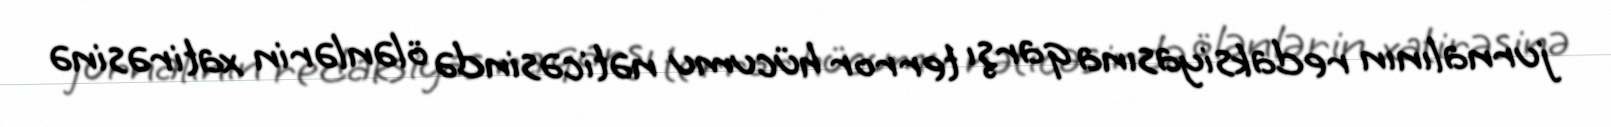
jurnalının redaksiyasına qarşı terror hücumu nəticəsində ölənlərin xatirəsinə